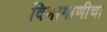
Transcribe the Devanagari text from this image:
विभागाणीचा